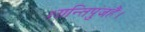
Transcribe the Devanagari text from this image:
शान्तिपुंजहैं।